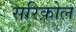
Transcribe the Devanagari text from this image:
सरिक़ोल